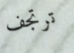
ترتجف